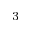
^ 3